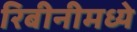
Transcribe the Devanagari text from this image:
रिबीनीमध्ये